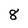
Character: 8